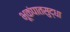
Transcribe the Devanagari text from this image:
भूकंपातसुद्धा